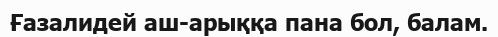
Ғазалидей аш-арыққа пана бол, балам.